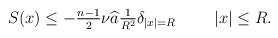
LaTeX: \begin{align*} \textstyle S(x)\le -\frac{n-1}{2}\nu\widehat{a} \frac{1}{R^{2}}\delta_{|x|=R} \qquad\ |x|\le R.\end{align*}